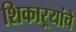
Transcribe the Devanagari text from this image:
शिकाऱ्यांचे